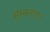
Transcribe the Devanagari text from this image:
मुस्कराए।